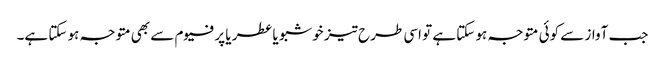
جب آواز سے کوئی متوجہ ہو سکتا ہے تو اسی طرح تیز خوشبو یا عطر یا پرفیوم سے بھی متوجہ ہو سکتا ہے۔